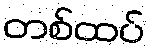
တစ်ထပ်